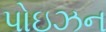
પોઇઝન